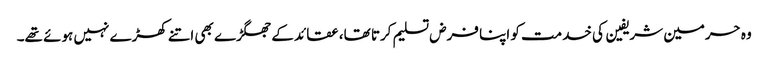
وہ حرمین شریفین کی خدمت کو اپنا فرض تسلیم کرتا تھا، عقائد کے جھگڑے بھی اتنے کھڑے نہیں ہوئے تھے۔